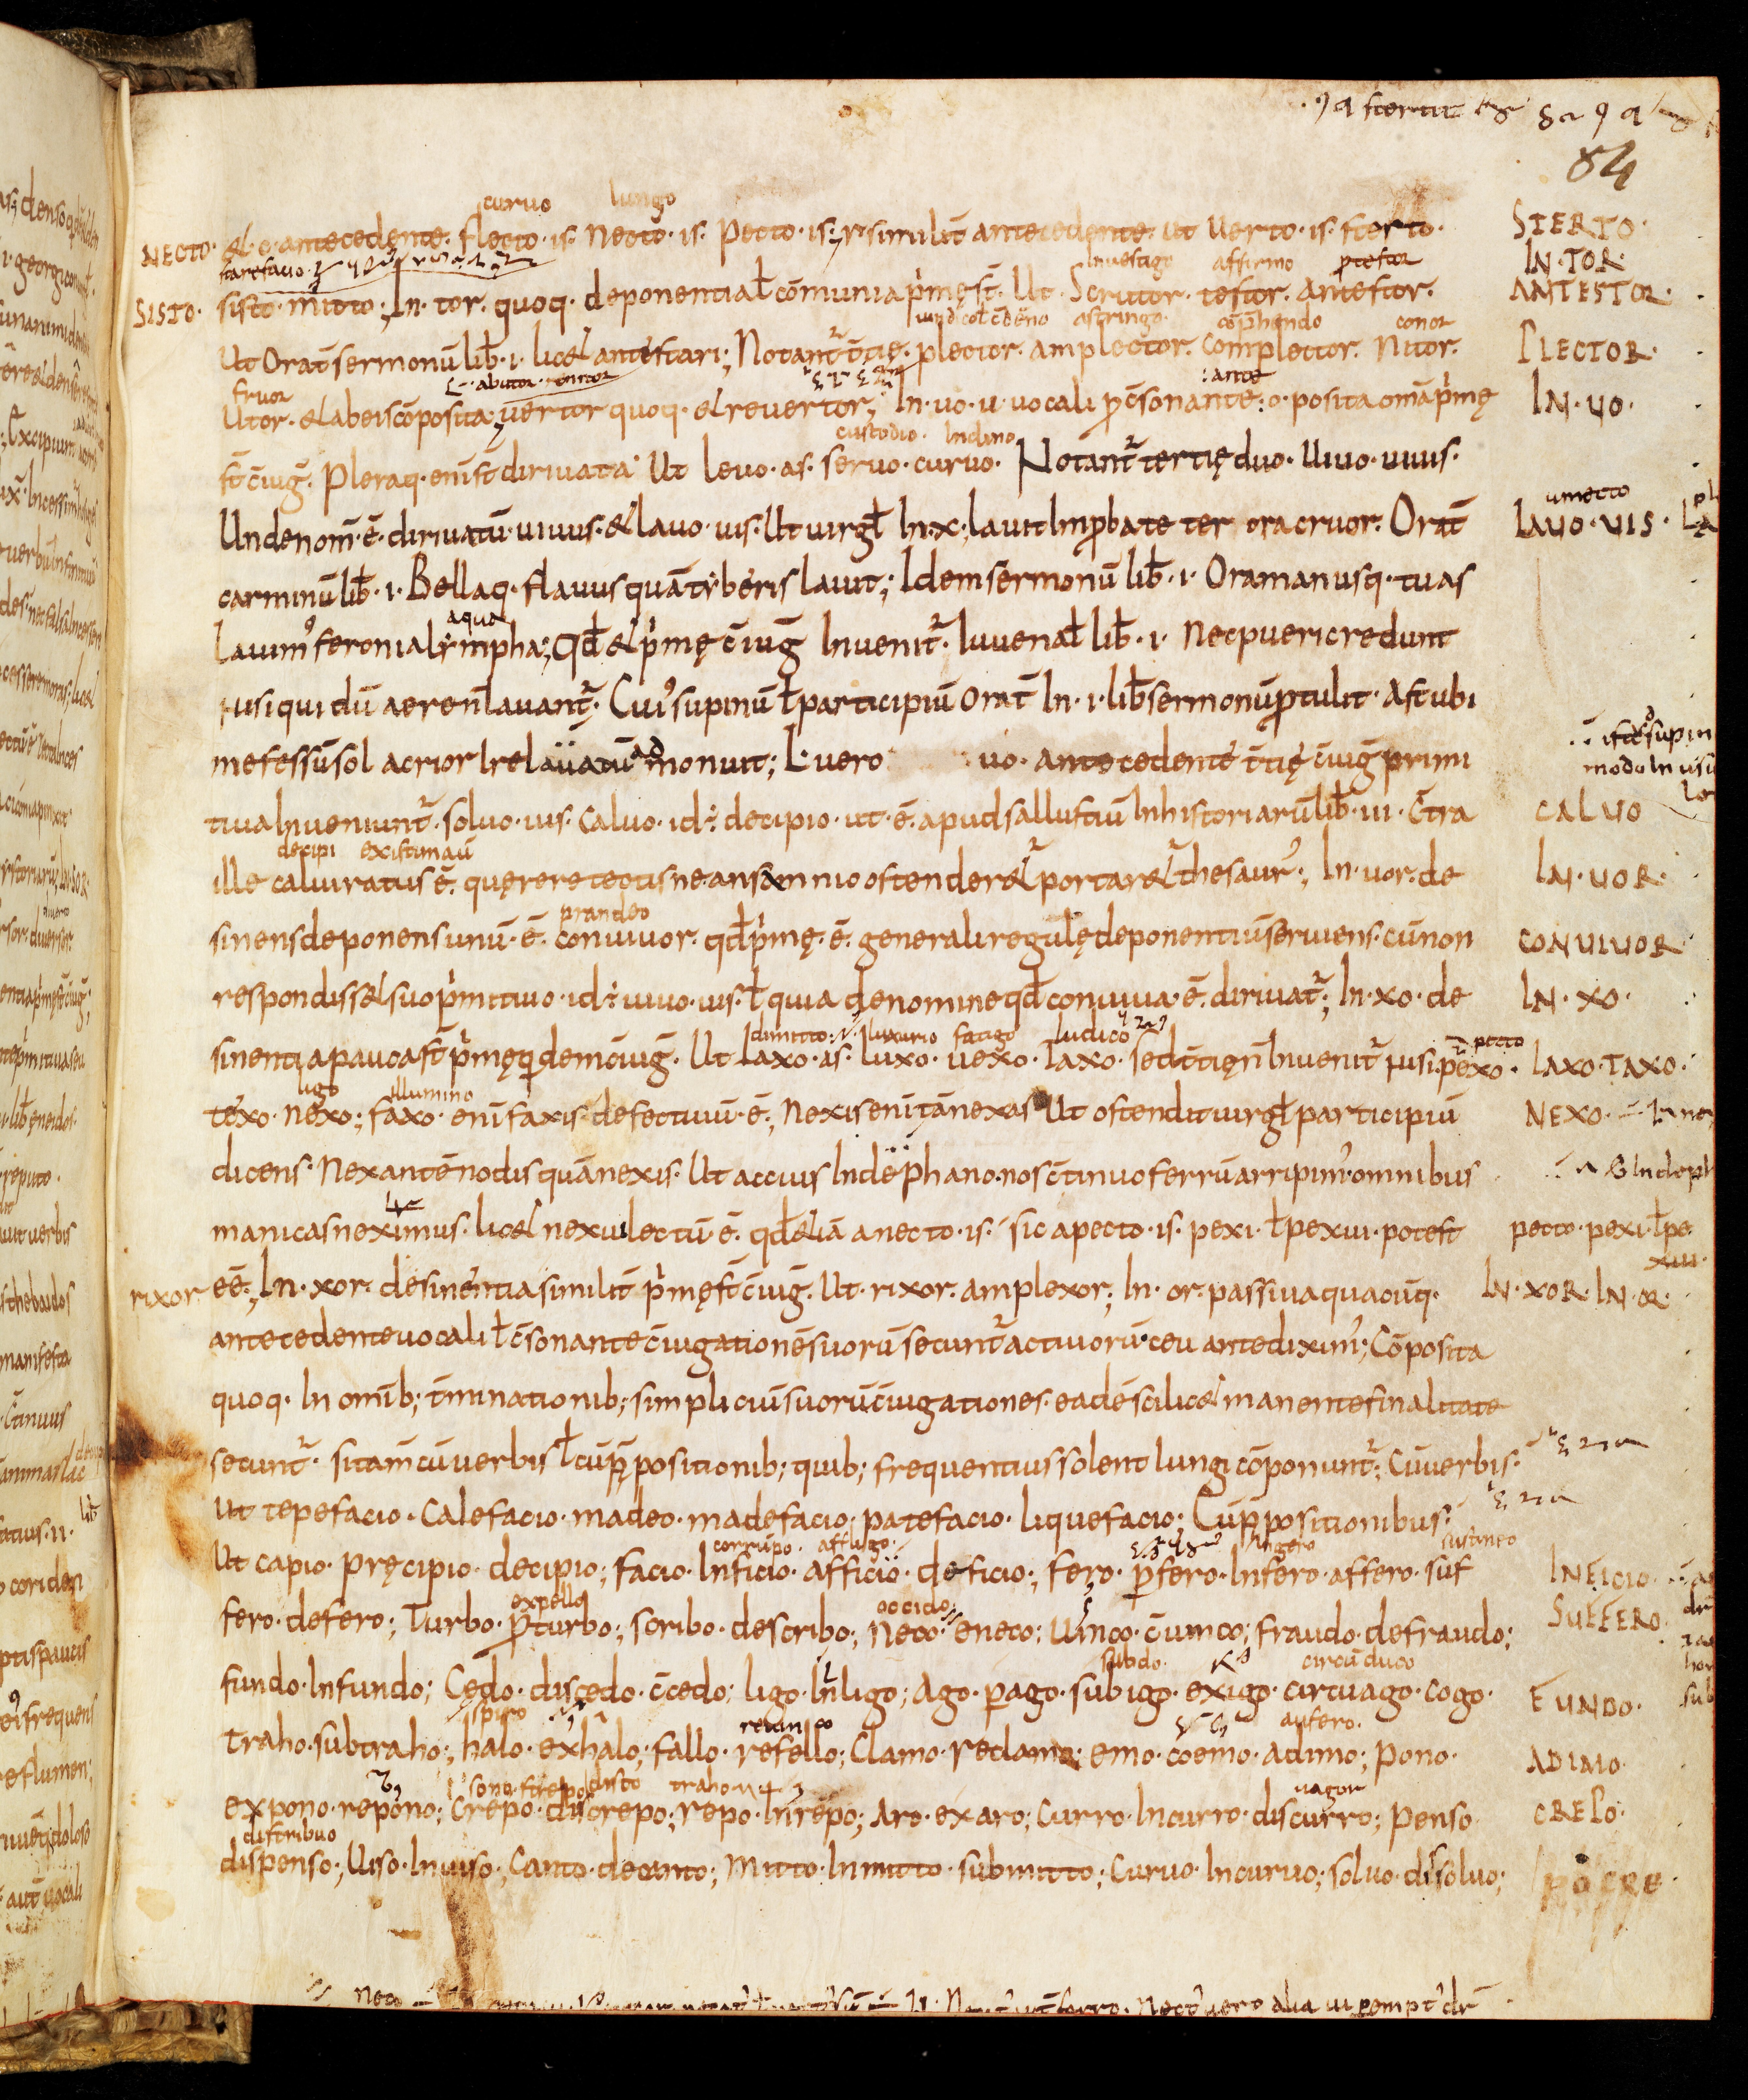
Shelfmark: Bamberg, Staatsbibliothek, MS Class. 30
Century: 9